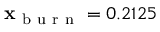
\mathbf { x } _ { \mathrm { ~ b ~ u ~ r ~ n ~ } } = 0 . 2 1 2 5